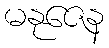
မနုဇေန